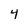
Character: 4